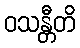
ဝသန္တီတိ